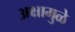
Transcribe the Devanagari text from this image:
अक्षामुळे